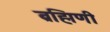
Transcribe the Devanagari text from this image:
ब्रह्मिणी